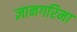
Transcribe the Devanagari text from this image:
ज्ञानगरिमा